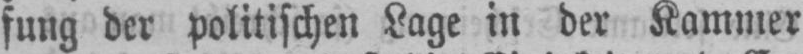
fung der politischen Lage in der Kammer